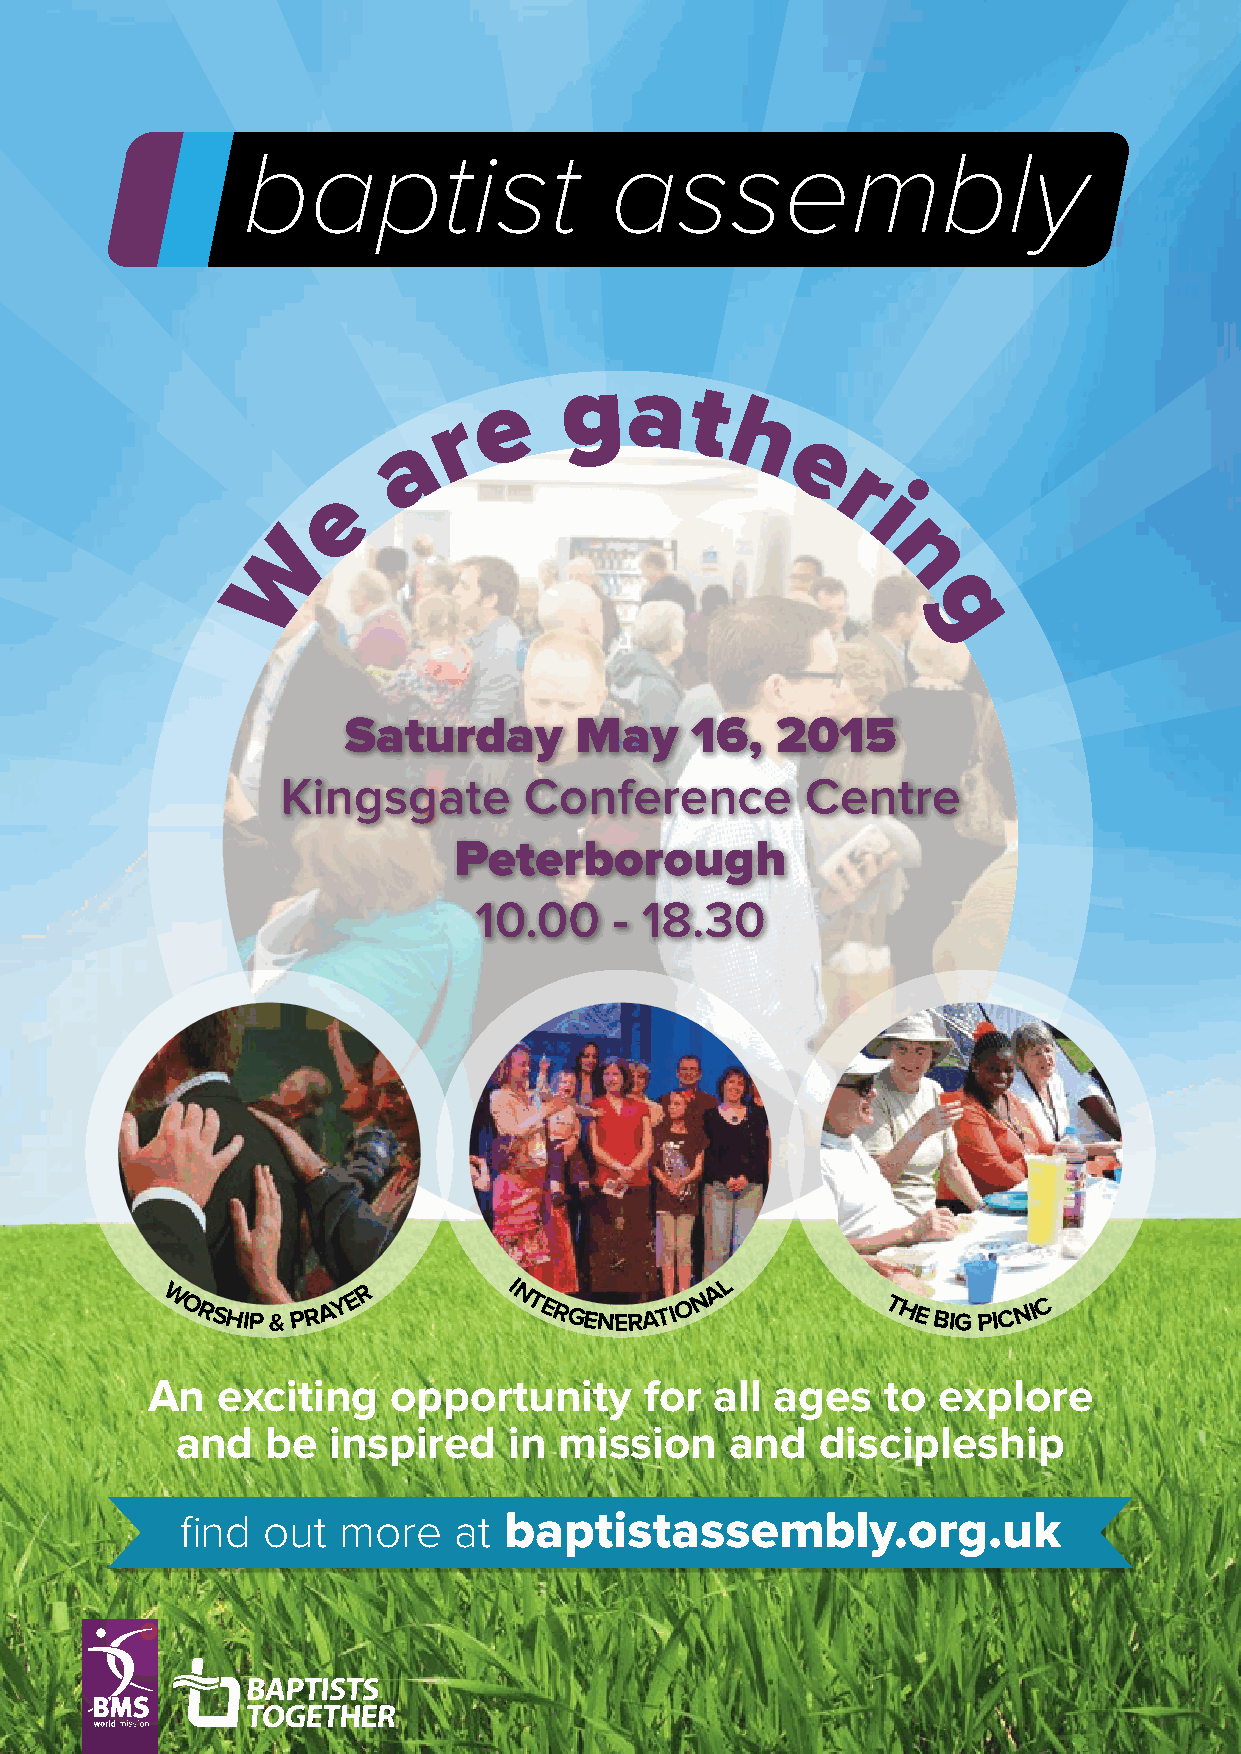
baptist                 assembly
 e
 ga
 t
 r
 h
 a
 e
 r
 e
 i
 W
 n
 g
 Saturday       May     16,  2015
 Kingsgate       Conference        Centre
 Peterborough
 10.00     - 18.30
 R        I             A L
 W ORSHIP
 &
 PRA Y E        NTERGENERATI O N        THE
 BIG
 PICNI C
 An  exciting    opportunity      for all ages    to explore
 and   be  inspired    in mission    and   discipleship
 find out  more    at baptistassembly.org.uk